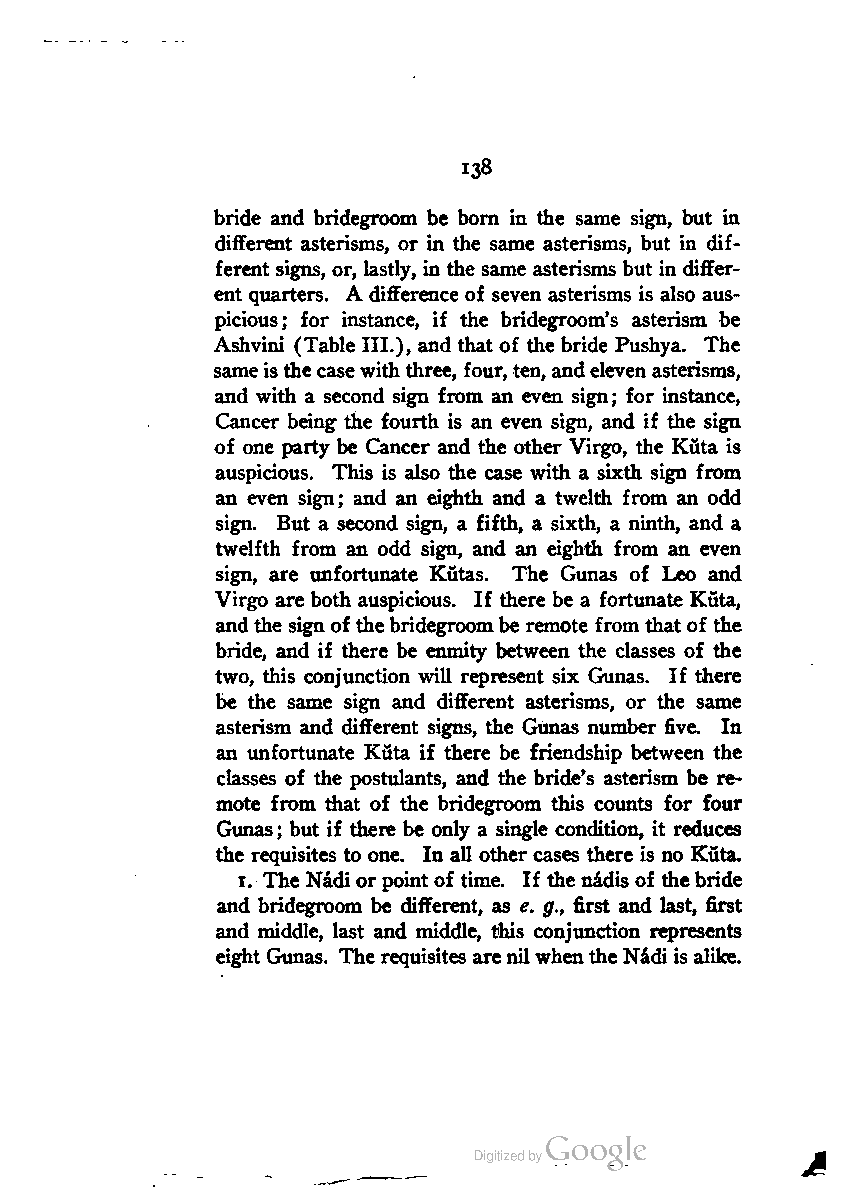
138
 bride and bridegroom be born in the same sign, but in
 different asterisms, or in the same asterisms, but in dif
 ferent signs, or, lastly, in the same asterisms but in differ
 ent quarters. A difference of seven asterisms is also aus
 picious; for instance, if the bridegroom's asterism be
 Ashvini (Table III.), and that of the bride Pushya. The
 sameisthe casewith three, four, ten, andeleven asterisms,
 and with a second sign from an even sign; for instance,
 Cancer being the fourth is an even sign, and if the sign
 of one party be Cancer and the other Virgo, the Kuta is
 auspicious. This is also the case with a sixth sign from
 an even sign; and an eighth and a twelth from an odd
 sign. But a second sign, a fifth, a sixth, a ninth, and a
 twelfth from an odd sign, and an eighth from an even
 sign, are unfortunate Kutas. The Gunas of Leo and
 Virgo are both auspicious. If there be a fortunate Kuta,
 andthe sign of thebridegroombe remote fromthat of the
 bride, and if there be enmity between the classes of the
 two, this conjunction will represent six Gunas. If there
 be the same sign and different asterisms, or the same
 asterism and different signs, the Gunas number five. In
 an unfortunate Kuta if there be friendship between the
 classes of the postulants, and the bride's asterism be re
 mote from that of the bridegroom this counts for four
 Gunas; but if there be only a single condition, it reduces
 the requisites to one. In all other cases there is no Kuta.
 i. The Nadiorpoint of time. If the nadis of thebride
 and bridegroom be different, as e. g., first and last, first
 and middle, last and middle, this conjunction represents
 eight Gunas. The requisites arenil whenthe Nadi is alike.